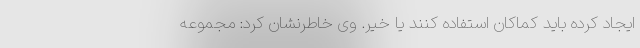
ایجاد کرده باید کماکان استفاده کنند یا خیر. وی خاطرنشان کرد: مجموعه